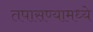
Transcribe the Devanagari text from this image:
तपासण्यामध्ये